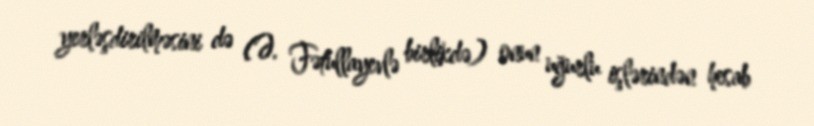
yerləşdirilməsini də (Ə. Fətullayevlə birlikdə) onun uğurlu işlərindən hesab